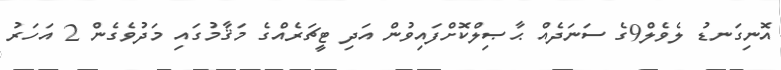
އޮނިގަނޑު ލެވެލް9ގެ ސަނަދެއް ޙާޞިލްކޮށްފައިވުން އަދި ޓީޗަރެއްގެ މަޤާމުގައި މަދުވެގެން 2 އަހަރު